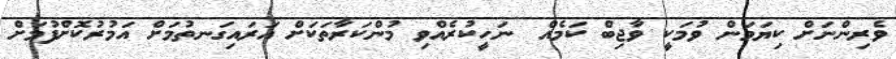
ވެރިންނަށް ކިޔަމަން ވުމަކީ ވާޖިބް ކަމެއް  ނަހީކުރެއްވި މުންކަރާތަކަށް އަރައިގަނތުމަށް އަމުރުކޮށްފުމަށް